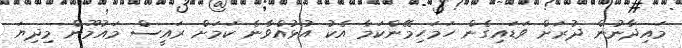
މައިދާނުން ދުރަށް ވަޑައިގެން ހަމަހިމޭންކަމާ އެކު އުޅުއްވާނެ ކަމަށް ރައީސް މައުމޫން މިދިޔަ